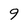
Character: 9